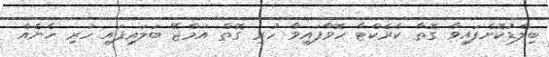
ބިލްޑުކޮށްފައިވާ ގޮތާ ކެރެކްޓާ ހޮވާފައިވާ ހުރި ގޮތް އަމްޖޭ ބަލައިފައި ހުރި ހެނެއް